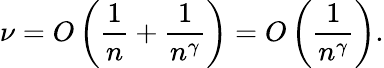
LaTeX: \nu=O\left(\frac{1}{n}+\frac{1}{n^{\gamma}}\right)=O\left(\frac{1}{n^{\gamma}}\right).